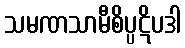
သမဏသာမီစိပ္ပဋိပဒါ